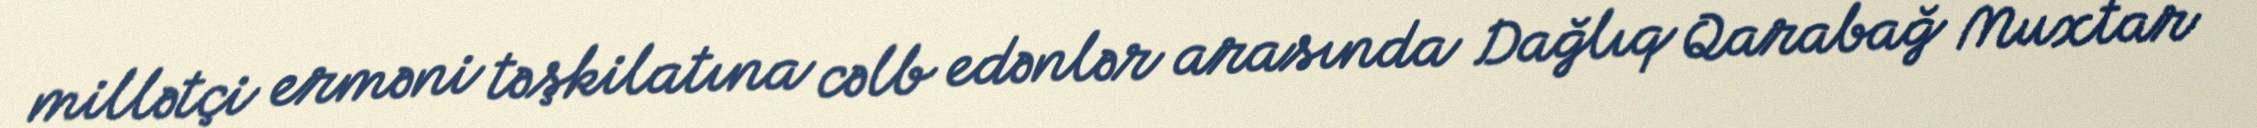
millətçi erməni təşkilatına cəlb edənlər arasında Dağlıq Qarabağ Muxtar